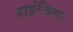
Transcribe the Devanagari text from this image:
हाईजिया